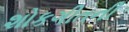
શોકગીતની